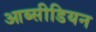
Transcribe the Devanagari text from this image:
आब्सीडियन